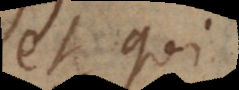
Et qui